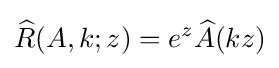
{\widehat {R}}(A,k;z)=e^{z}{\widehat {A}}(kz)